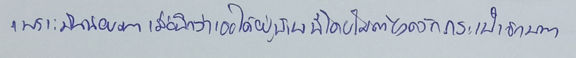
เพราะมันน้อยมากเมื่อนึกว่าเธอได้อยู่บ้านนี้โดยไม่ต้องควักกระเป๋าซักบาท